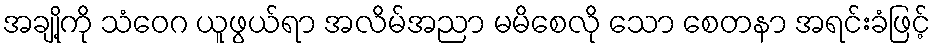
အချို့ကို သံဝေဂ ယူဖွယ်ရာ အလိမ်အညာ မမိစေလို သော စေတနာ အရင်းခံဖြင့်